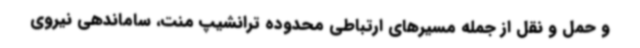
و حمل و نقل از جمله مسیرهای ارتباطی محدوده ترانشیپ منت، ساماندهی نیروی